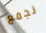
نجمع